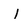
Character: I